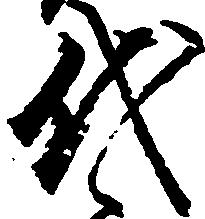
代